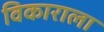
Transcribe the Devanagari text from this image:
विकाराला